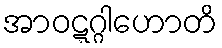
အာဝဋ္ဋဂ္ဂါဟောတိ